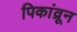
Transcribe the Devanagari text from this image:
पिकांव्रून